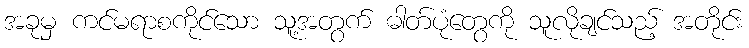
အခုမှ ကင်မရာစကိုင်သော သူ့အတွက် ဓါတ်ပုံတွေကို သူလိုချင်သည့် အတိုင်း